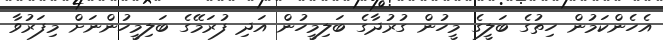
އެހެންކަމުން ހިތުގެ ބަލީގެ މީހުން ގުރުދާގެ ބަލިމީހުން އަދި ފުރަމޭގެ ބަލިމީހުންނަށް މިފަރުވާ